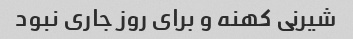
شیرنی کهنه و برای روز جاری نبود